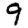
Digit: 9